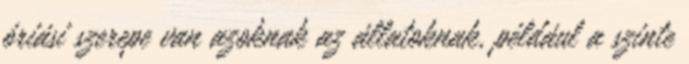
óriási szerepe van azoknak az állatoknak, például a szinte